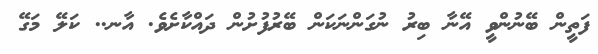
ފަތީން ބޭނުންވީ އޭނާ ބިރު ނުގަންނަކަން ބޭރުފުށުން ދައްކާށެވެ. އާނ.. ކަލޭ މަގޭ